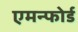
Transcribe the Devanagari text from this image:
एमन्फोर्ड